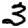
Digit: 3